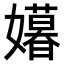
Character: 𫲍